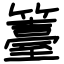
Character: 籉